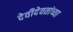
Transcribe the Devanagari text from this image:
देवीदेवतांच्या